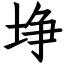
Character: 埩